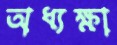
অধ্যক্ষা